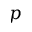
p